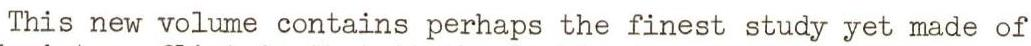
This new volume contains perhaps the finest study yet made of